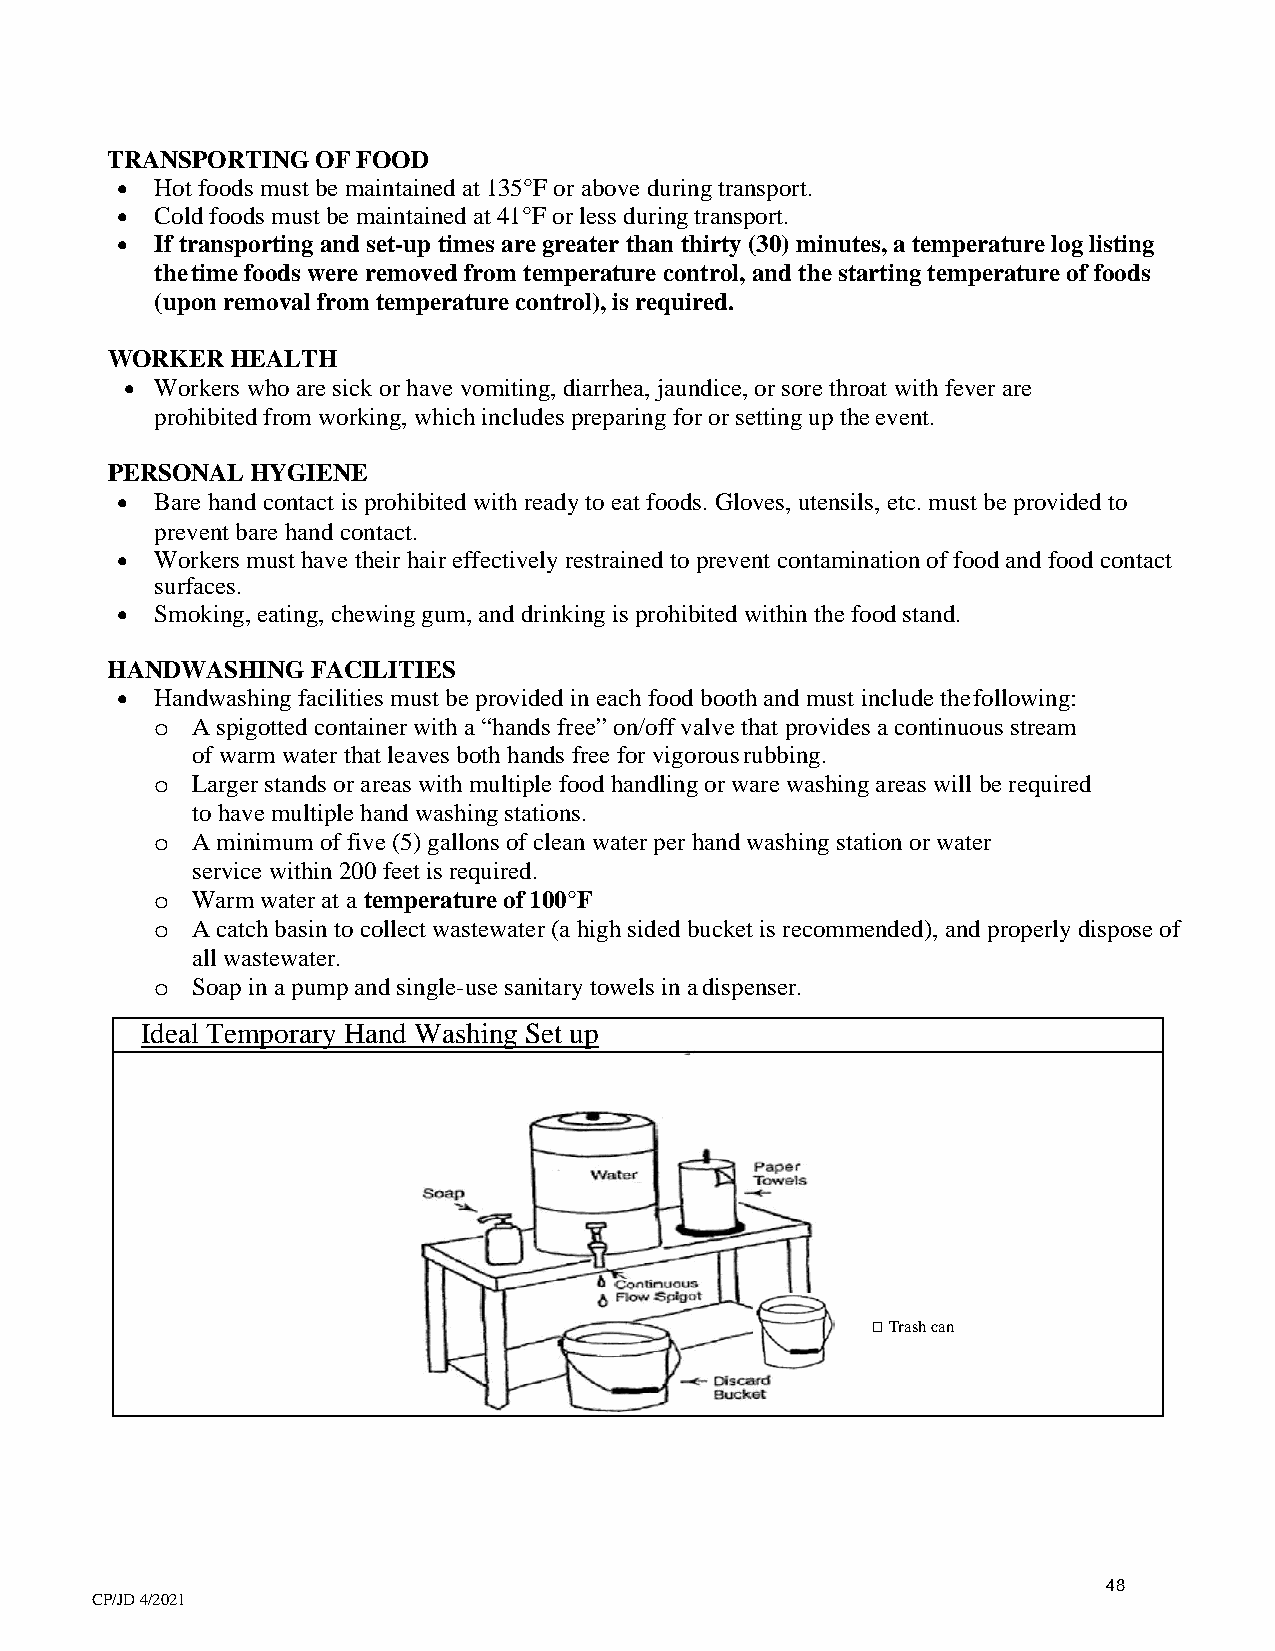
TRANSPORTING  OF FOOD
 • Hot foods must be maintained at 135°F or above during transport.
 • Cold foods must be maintained at 41°F or less during transport.
 • If transporting and set-up times are greater than thirty (30) minutes, a temperature log listing
 the time foods were removed from temperature control, and the starting temperature of foods
 (upon removal from temperature control), is required.
 WORKER  HEALTH
 • Workers who are sick or have vomiting, diarrhea, jaundice, or sore throat with fever are
 prohibited from working, which includes preparing for or setting up the event.
 PERSONAL  HYGIENE
 • Bare hand contact is prohibited with ready to eat foods. Gloves, utensils, etc. must be provided to
 prevent bare hand contact.
 • Workers must have their hair effectively restrained to prevent contamination of food and food contact
 surfaces.
 • Smoking, eating, chewing gum, and drinking is prohibited within the food stand.
 HANDWASHING   FACILITIES
 • Handwashing facilities must be provided in each food booth and must include the following:
 A spigotted container with a “hands free” on/off valve that provides a continuous stream
 o
 of warm water that leaves both hands free for vigorous rubbing.
 Larger stands or areas with multiple food handling or ware washing areas will be required
 o
 to have multiple hand washing stations.
 A minimum of five (5) gallons of clean water per hand washing station or water
 o
 service within 200 feet is required.
 Warm water at a temperature of 100°F
 o
 A catch basin to collect wastewater (a high sided bucket is recommended), and properly dispose of
 o
 all wastewater.
 Soap in a pump and single-use sanitary towels in a dispenser.
 o
 Ideal Temporary Hand Washing Set up
  Trash can
 48
 CP/JD 4/2021